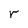
Character: r